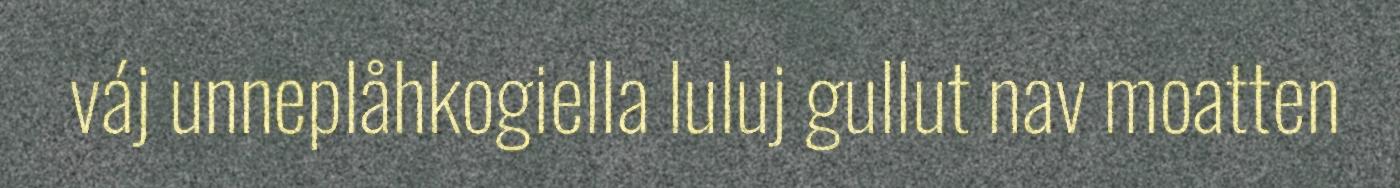
váj unneplåhkogiella luluj gullut nav moatten